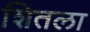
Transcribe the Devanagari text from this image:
शितला